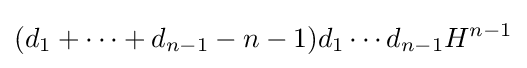
(d_{1}+\cdots +d_{n-1}-n-1)d_{1}\cdots d_{n-1}H^{n-1}